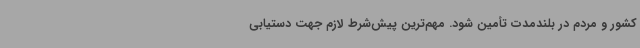
کشور و مردم در بلندمدت تأمین شود. مهم‌ترین پیش‌شرط لازم جهت دستیابی